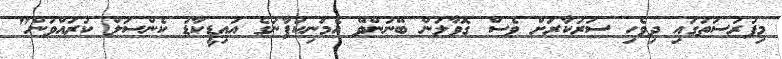
މިފުރުސަތުގައި ދިވެހި ސަރުކާރަށް ވެސް ގޮވާލަން ބޭނުންވޭ އެމަނިކުފާނުގެ އައިޑީކާޑު ކެންސަލް ކުރައްވަން"